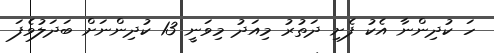
ހަ ކުދިންނާ އެކު ފެށި ދަތުރު މިއަދު މިވަނީ 13 ކުދިންނަށް ބަދަލުވެފަ